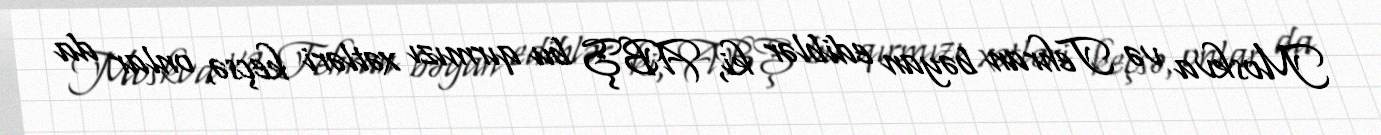
Moskva və Tehran bəyan ediblər ki, ABŞ bu qırmızı xətləri keçsə, onlar da